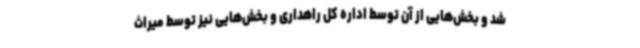
شد و بخش‌هایی از آن توسط اداره کل راهداری و بخش‌هایی نیز توسط میراث